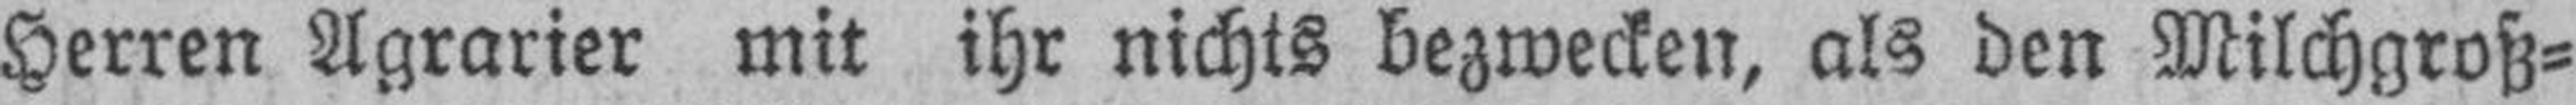
Herren Agrarier mit ihr nichts bezwecken, als den Milchgroß¬